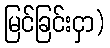
မြင်ခြင်းငှာ)